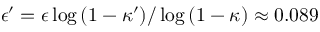
\epsilon ^ { \prime } = \epsilon \log { ( 1 - \kappa ^ { \prime } ) } / \log { ( 1 - \kappa ) } \approx 0 . 0 8 9